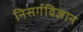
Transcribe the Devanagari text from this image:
निसर्गविज्ञान